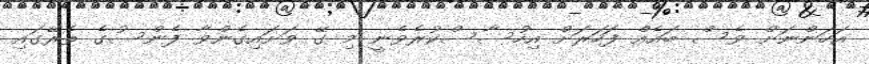
އަހަންނަށް ވެސް ބައެއް ފަހަރަށް އިހުސާސްކުރެވެނީ މި ގޭ ވަށައިގެންވާ ފެންސުގެ ތެރޭގައި